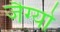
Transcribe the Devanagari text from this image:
जैग्यो